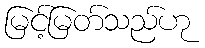
မြင့်မြတ်သည်ဟု